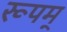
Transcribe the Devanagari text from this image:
रूपम्‌